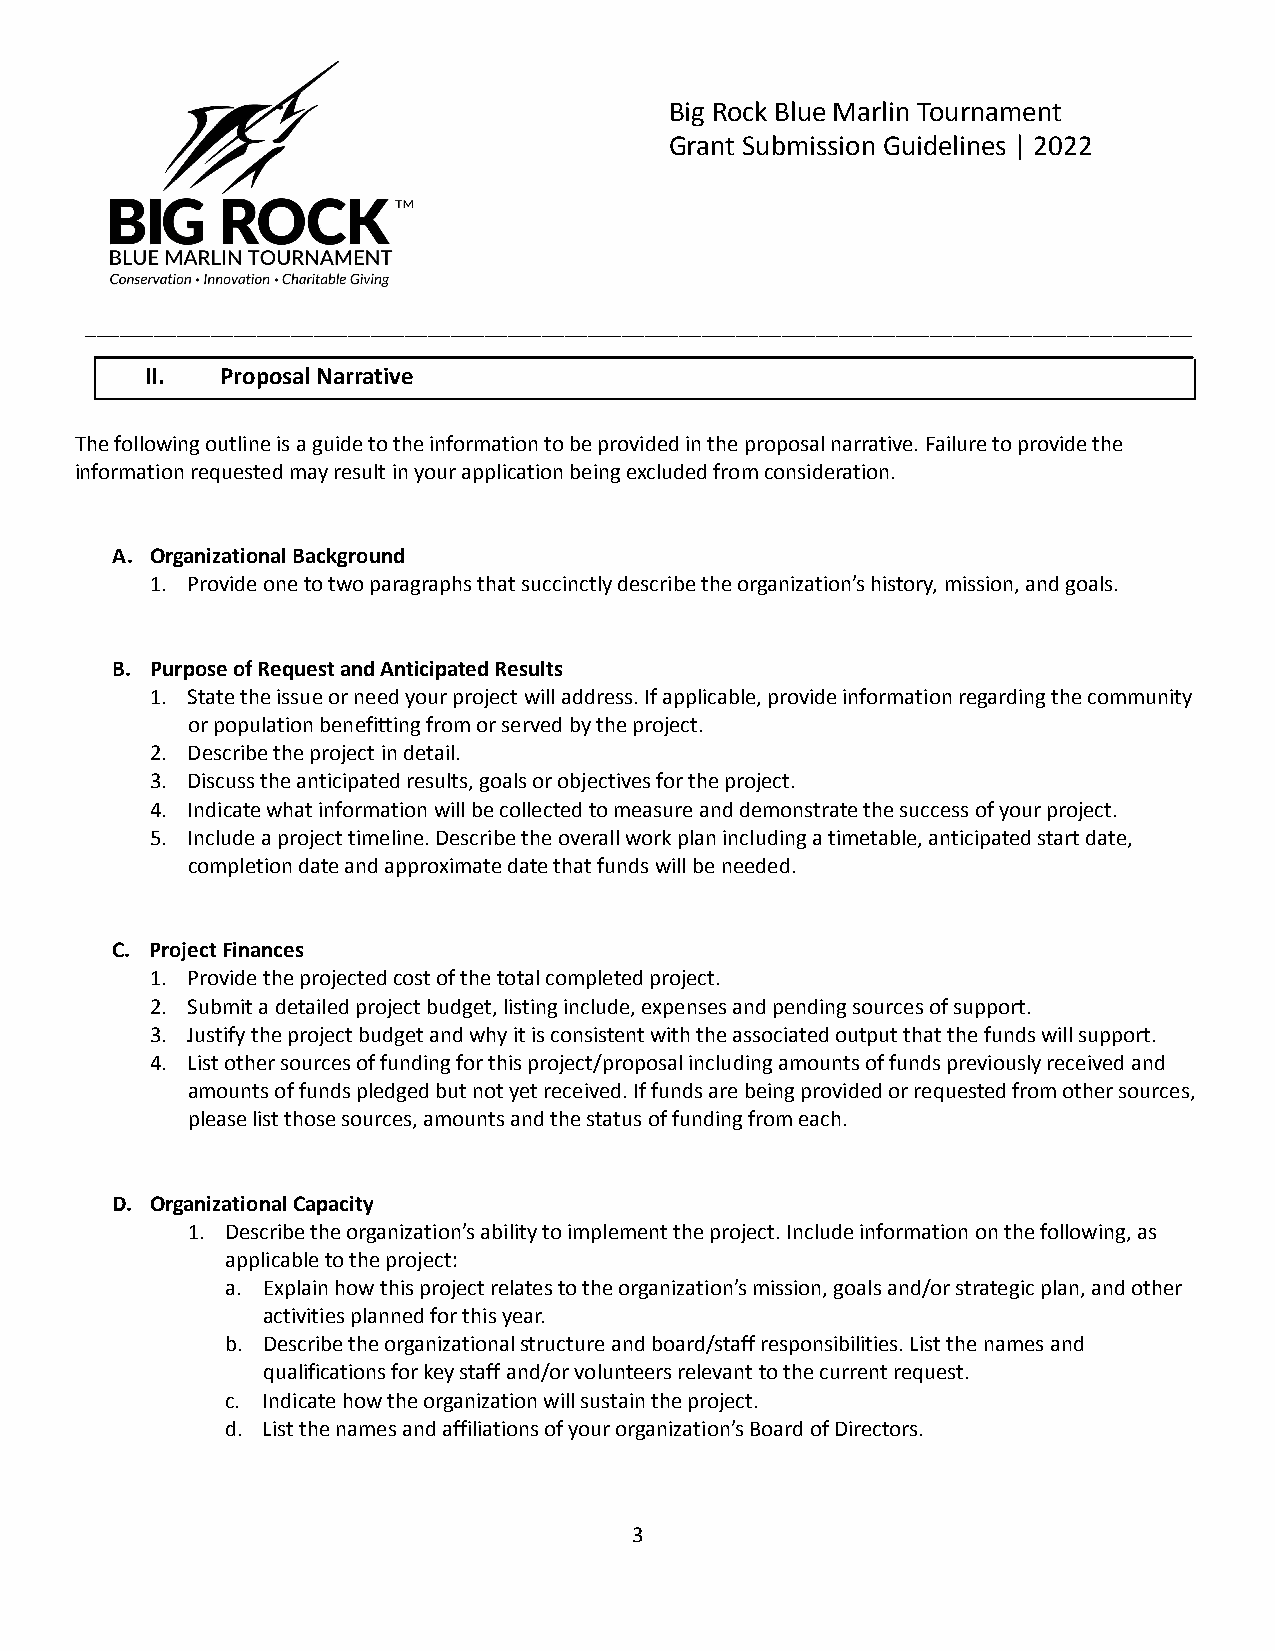
Big Rock Blue Marlin Tournament
 Grant Submission Guidelines | 2022
 _________________________________________________________________________________________________
 II.  Proposal Narrative
 The following outline is a guide to the information to be provided in the proposal narrative. Failure to provide the
 information requested may result in your application being excluded from consideration.
 A. Organizational Background
 1. Provide one to two paragraphs that succinctly describe the organization’s history, mission, and goals.
 B. Purpose of Request and Anticipated Results
 1. State the issue or need your project will address. If applicable, provide information regarding the community
 or population benefitting from or served by the project.
 2. Describe the project in detail.
 3. Discuss the anticipated results, goals or objectives for the project.
 4. Indicate what information will be collected to measure and demonstrate the success of your project.
 5. Include a project timeline. Describe the overall work plan including a timetable, anticipated start date,
 completion date and approximate date that funds will be needed.
 C. Project Finances
 1. Provide the projected cost of the total completed project.
 2. Submit a detailed project budget, listing include, expenses and pending sources of support.
 3. Justify the project budget and why it is consistent with the associated output that the funds will support.
 4. List other sources of funding for this project/proposal including amounts of funds previously received and
 amounts of funds pledged but not yet received. If funds are being provided or requested from other sources,
 please list those sources, amounts and the status of funding from each.
 D. Organizational Capacity
 1. Describe the organization’s ability to implement the project. Include information on the following, as
 applicable to the project:
 a. Explain how this project relates to the organization’s mission, goals and/or strategic plan, and other
 activities planned for this year.
 b. Describe the organizational structure and board/staff responsibilities. List the names and
 qualifications for key staff and/or volunteers relevant to the current request.
 c. Indicate how the organization will sustain the project.
 d. List the names and affiliations of your organization’s Board of Directors.
 3